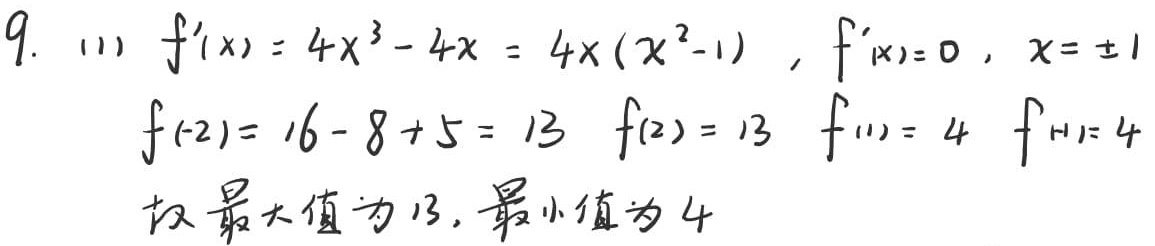
9. (1) $f'(x)=4x^{3}-4x = 4x(x^{2}-1)$, $f'(x)=0$, $x = \pm1$
$f(-2)=16 - 8 + 5 = 13$, $f(2)=13$, $f(1)=4$, $f(-1)=4$
故最大值为13, 最小值为4